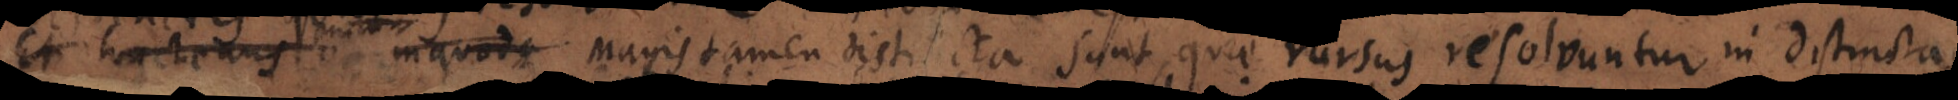
quatenus resolvuntur. Magis tamen distincta sunt, quae rursus resolvuntur in distincta,